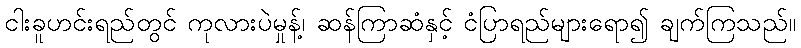
ငါးခူဟင်းရည်တွင် ကုလားပဲမှုန့်၊ ဆန်ကြာဆံနှင့် ငံပြာရည်များရော၍ ချက်ကြသည်။